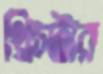
থ্রিস্টার